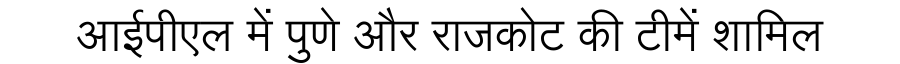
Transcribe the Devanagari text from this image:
आईपीएल में पुणे और राजकोट की टीमें शामिल